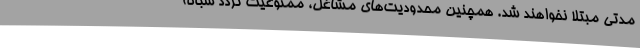
مدتی مبتلا نخواهند شد. همچنین محدودیت‌های مشاغل، ممنوعیت تردد شبانه